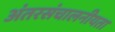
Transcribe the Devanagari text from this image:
अंतरसंचालनीयता